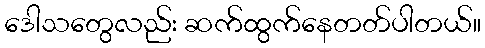
ဒေါသတွေလည်း ဆက်ထွက်နေတတ်ပါတယ်။